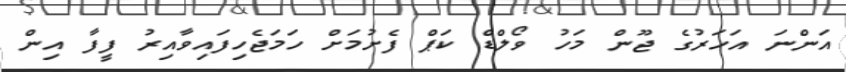
އަންނަ އަހަރުގެ ޖޫން މަހު ވޯލްޑް ކަޕް ފެށުމަށް ހަމަޖެހިފައިވާއިރު ފީފާ އިން